Indian journal of veterinary science and animal husbandry - Volume 5,
Year: 1935
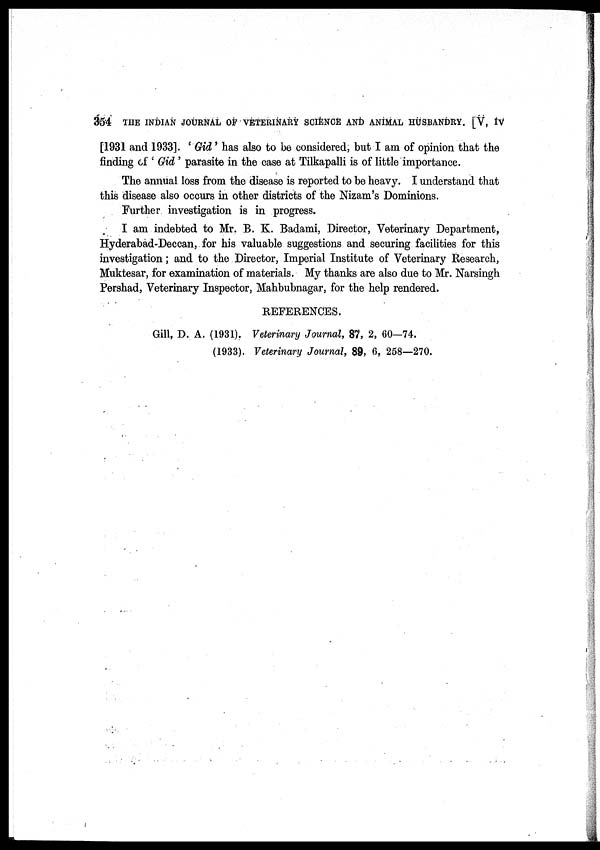
354 THE INDIAN JOURNAL OF VETERINARY SCIENCE AND ANIMAL HUSBANDRY. [V, IV
[1931 and 1933]. ' Gid' has also to be considered, but I am of opinion that the
finding of ' Gid ' parasite in the case at Tilkapalli is of little importance.
The annual loss from the disease is reported to be heavy. I understand that
this disease also occurs in other districts of the Nizam's Dominions.
Further investigation is in progress.
I am indebted to Mr. B. K. Badami, Director, Veterinary Department,
Hyderabad-Deccan, for his valuable suggestions and securing facilities for this
investigation; and to the Director, Imperial Institute of Veterinary Research,
Muktesar, for examination of materials. My thanks are also due to Mr. Narsingh
Pershad, Veterinary Inspector, Mahbubnagar, for the help rendered.
REFERENCES.
Gill, D. A. (1931). Veterinary Journal, 87, 2, 60—74.
(1933). Veterinary Journal, 89, 6, 258—270.